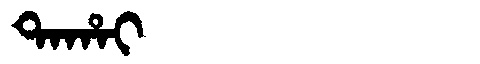
Manchu: ᡨᠠᡥᠠᡳ
Romanization: TAHAI